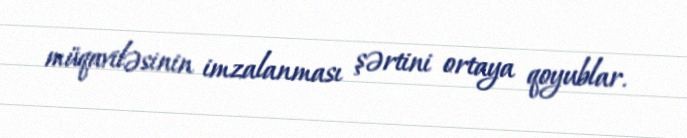
müqaviləsinin imzalanması şərtini ortaya qoyublar.